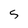
Character: 5